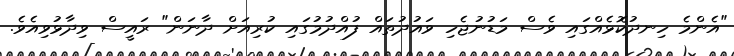
"އެންމެ ހިނދުކޮޅެއްގައި ވެސް މަޑުނުޖެހި ވައުދުތައް ފުއްދުމުގައި ކުރިއަށް ދާނަން" ރައީސް ވިދާޅުވިއެވެ.